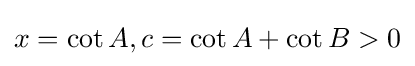
x=\cot A,c=\cot A+\cot B>0